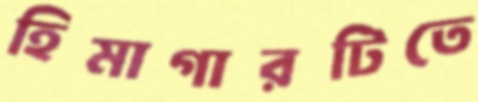
হিমাগারটিতে